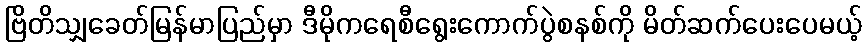
ဗြိတိသျှခေတ်မြန်မာပြည်မှာ ဒီမိုကရေစီရွေးကောက်ပွဲစနစ်ကို မိတ်ဆက်ပေးပေမယ့်